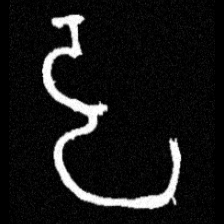
Pyu character \u2014 Myanmar letter: ဠ (romanized: lla)